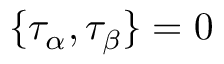
\{ \tau _ { \alpha } , \tau _ { \beta } \} = 0